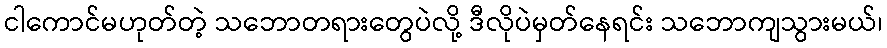
ငါကောင်မဟုတ်တဲ့ သဘောတရားတွေပဲလို့ ဒီလိုပဲမှတ်နေရင်း သဘောကျသွားမယ်၊